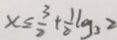
x \leq \frac { 3 } { 2 } + \frac { 1 } { 2 } \log _ { 3 } \geq